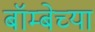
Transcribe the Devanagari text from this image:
बॉम्बेच्या